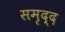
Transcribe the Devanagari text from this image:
समृद्द